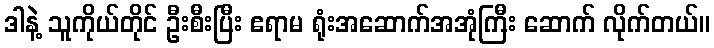
ဒါနဲ့ သူကိုယ်တိုင် ဦးစီးပြီး ဧရာမ ရုံးအဆောက်အအုံကြီး ဆောက် လိုက်တယ်။